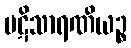
ပဋိသာရဏီယဉ္စ